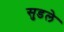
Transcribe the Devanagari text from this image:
सुडले